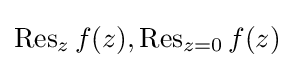
\operatorname {Res} _{z}f(z),\operatorname {Res} _{z=0}f(z)